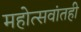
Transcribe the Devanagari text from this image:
महोत्सवांतही